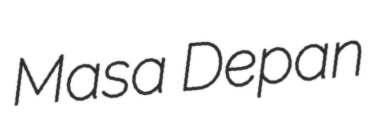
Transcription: Masa Depan